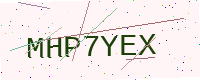
Text: MHP7YEX